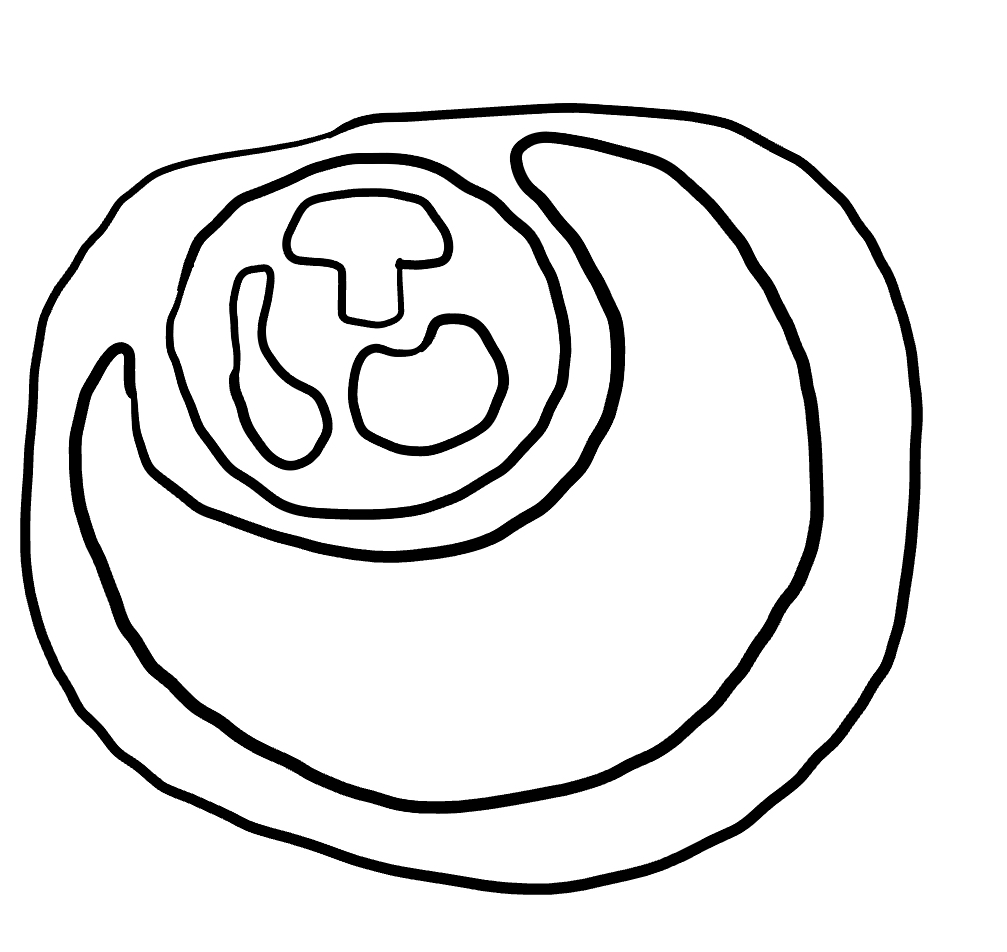
Number of regions (including the outer root region): 7
Containment tree edges (parent, child): 0, 1, 1, 2, 1, 6, 2, 3, 2, 4, 2, 5